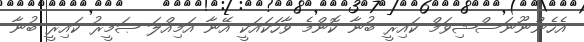
އެހެންނޫނަސްޝިވަމް ކައިރީ ބުނާ ކޮންމެ ވާހަކައަކީ އޭނާ އަމިއްލަ ޞަމީރު ކައިރީ ބުނާ